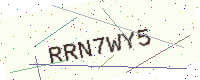
Text: RRN7WY5